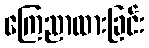
ကြေညာထားခြင်း